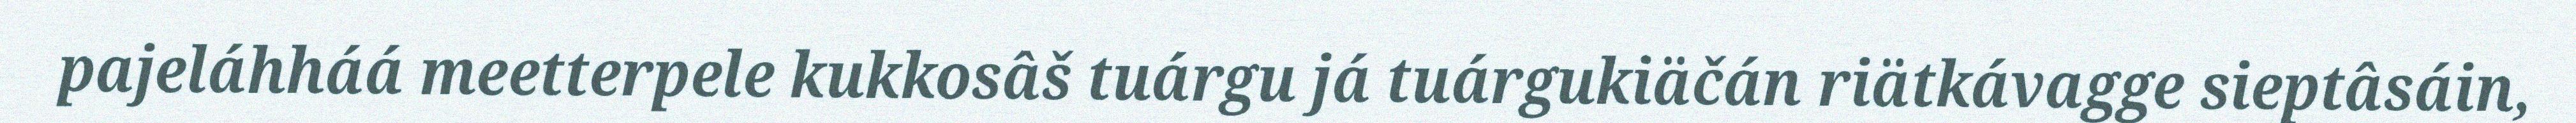
pajeláhháá meetterpele kukkosâš tuárgu já tuárgukiäčán riätkávagge sieptâsáin,